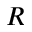
R